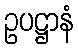
ဥပဋ္ဌာနံ